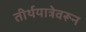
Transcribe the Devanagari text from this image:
तीर्थयात्रेवरून